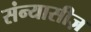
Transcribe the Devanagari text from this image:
संन्यासीज़